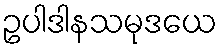
ဥပါဒါနသမုဒယေ